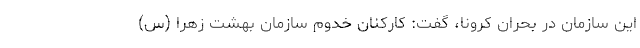
این سازمان در بحران کرونا، گفت: کارکنان خدوم سازمان بهشت زهرا (س)